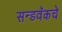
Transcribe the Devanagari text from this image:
सन्डवॅकचे